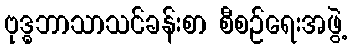
ဗုဒ္ဓဘာသာသင်ခန်းစာ စီစဉ်ရေးအဖွဲ့